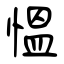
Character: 慍